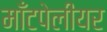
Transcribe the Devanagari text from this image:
माँटपेलीयर